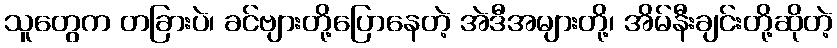
သူတွေက တခြားပဲ၊ ခင်ဗျားတို့ပြောနေတဲ့ အဲဒီအများတို့၊ အိမ်နီးချင်းတို့ဆိုတဲ့